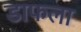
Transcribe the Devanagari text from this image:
डाफला